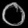
Digit: ၀